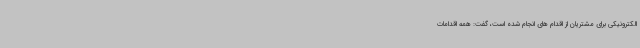
الکترونیکی برای مشتریان از اقدام های انجام شده است، گفت: همه اقدامات